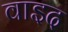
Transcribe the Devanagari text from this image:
वाइद